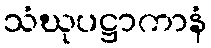
သံဃုပဋ္ဌာကာနံ